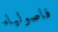
فاصولياء